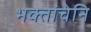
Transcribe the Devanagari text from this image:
भक्तांचेनि